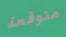
متوقعة